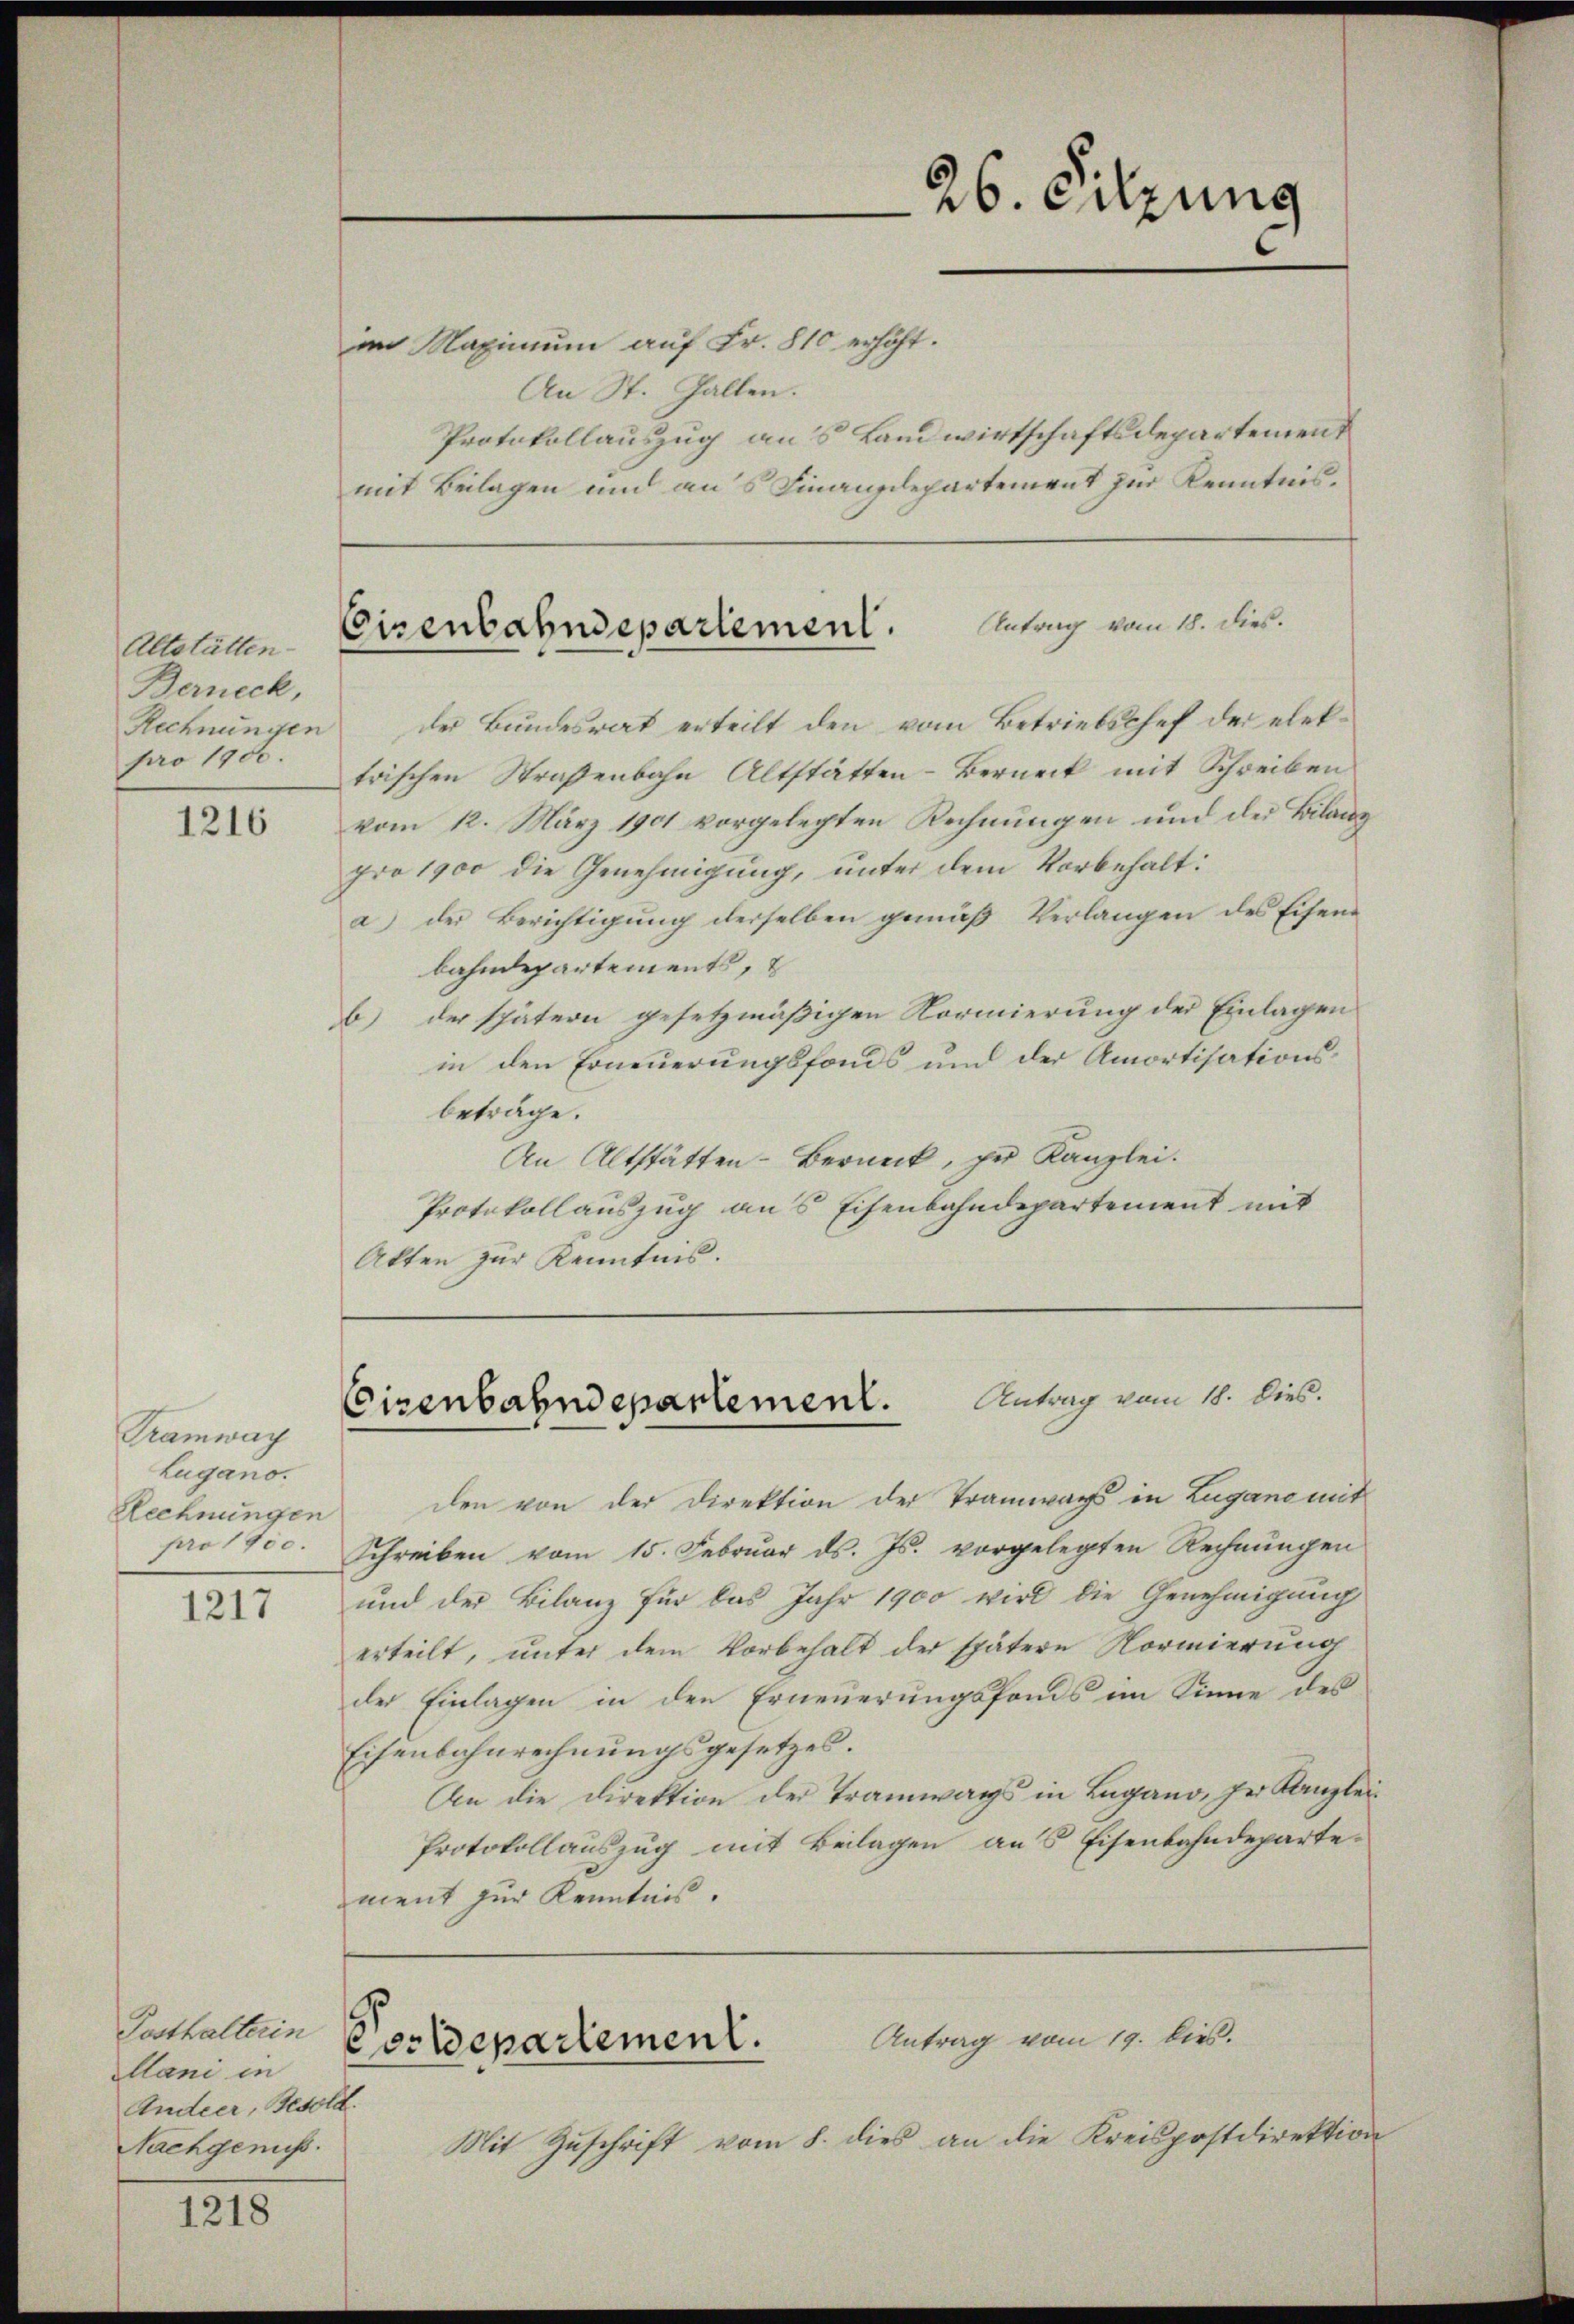
Altstätten.
Berneck,
Rechnungen
pro 1900.

1216

Tramway
Lugano.
Rechnungen
pro 1700.

1217

Posthalterin
lani in
Andeer, Besold.
Nachgenuss.

1218

im Maximum auf Fr. 810 erhöht.
An St. Gallen.
Protokollauszug aus Landwirtschaftsdepartement
mit Beilagen und aus Finanzdepartement zur Kenntnis.

.
26. Sitzung

Antrag vom 18. dies.
Eisenbahndepartement.

Antrag vom 18. Dies.
Eisenbahndepartement.

der Bundesrat erteilt den vom Betriebschef der elektrischen Straßenbahn Altstätten-Berück mit Schreiben
vom 12. März 1901 vorgelegten Rechnungen und der Bilanz
pro 1900 die Genehmigung, unter dem Vorbehalt:
a) der Berichtigung derselben gemäß Verlangen des Eisenbahndepartement,
b) der spätern gesetzmäßigen Normierung der Einlagen
in den Erneuerungsfonds und der Amortisationsbeträge.
An Altstätten-Berueck, zur Kanzlei.
Protokollauszug aus Eisenbahndepartement mit
Akten zur Kenntnis.

den von der Direktion der Tramwag in Lugano mit
Schreiben vom 15. Febrŭar d. Js. vorgelegten Rechnŭngen
und der Bilanz für das Jahr 1900 wird die Genehmigung
erteilt, unter dem Vorbehalt der spätere Normierung
der Einlagen in den Erneuerungsfonds im Sinne des
Eisenbahnrechnungsgesetzes.
An die Direktion der Tramwags in Lugano, der Kanzlei¬
Protokollauszug mit Beilagen aus Eisenbahndeparte-
ment zur Kenntnis.

Antrag vom 19. dies.
Postdepartement.

Mit Zuschrift vom 8. dies an die Kreispostdirektion